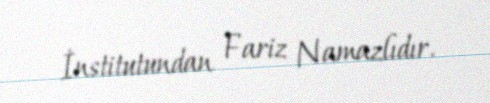
İnstitutundan Fariz Namazlıdır.